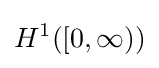
H^{1}([0,\infty ))